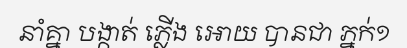
នាំគ្នា បង្កាត់ ភ្លើង អោយ បានជា ភ្នក់១